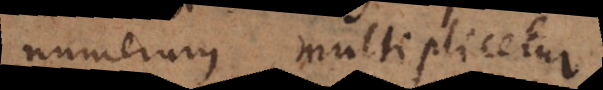
numerum multiplicetur,